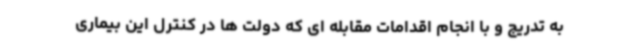
به تدریج و با انجام اقدامات مقابله ای که دولت ها در کنترل این بیماری